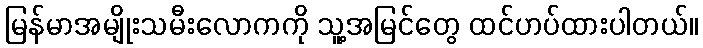
မြန်မာအမျိုးသမီးလောကကို သူ့အမြင်တွေ ထင်ဟပ်ထားပါတယ်။